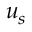
\boldsymbol { u } _ { s }